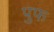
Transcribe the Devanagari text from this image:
पुफ